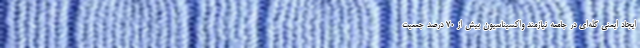
ایجاد ایمنی گله‌ای در جامعه نیازمند واکسیناسیون بیش از ۷۰ درصد جمعیت